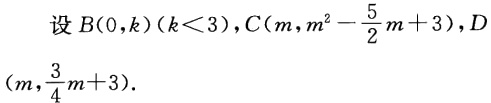
设\(B(0,k)(k<3)\)，\(C(m,m^{2}-\frac{5}{2}m + 3)\)，\(D(m,\frac{3}{4}m + 3)\)。